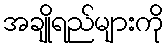
အချိုရည်များကို